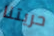
حريتنا